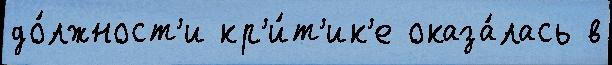
до́лжност'и кр'и́т'ик'е оказа́лась в